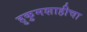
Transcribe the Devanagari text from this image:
हुकुमशाहीचा